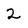
Character: 2